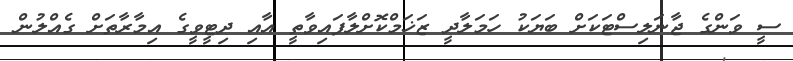
ސީ ވަންގެ ޖާނަލިސްޓަކަށް ބަޔަކު ހަމަލާދީ ޒަޚަމްކޮށްލާފައިވާތީ އާއި ދިޓީވީގެ އިމާރާތަށް ގެއްލުން